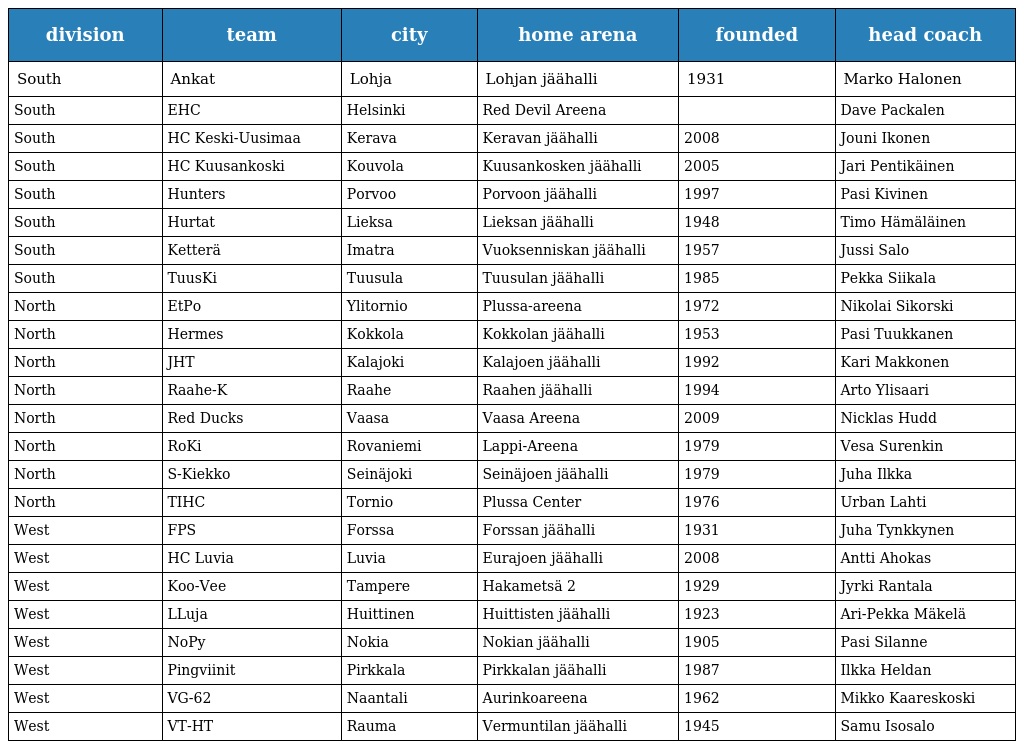
| division | team | city | home arena | founded | head coach |
 | --- | --- | --- | --- | --- | --- |
 | South | Ankat | Lohja | Lohjan jäähalli | 1931 | Marko Halonen |
 | South | EHC | Helsinki | Red Devil Areena |  | Dave Packalen |
 | South | HC Keski-Uusimaa | Kerava | Keravan jäähalli | 2008 | Jouni Ikonen |
 | South | HC Kuusankoski | Kouvola | Kuusankosken jäähalli | 2005 | Jari Pentikäinen |
 | South | Hunters | Porvoo | Porvoon jäähalli | 1997 | Pasi Kivinen |
 | South | Hurtat | Lieksa | Lieksan jäähalli | 1948 | Timo Hämäläinen |
 | South | Ketterä | Imatra | Vuoksenniskan jäähalli | 1957 | Jussi Salo |
 | South | TuusKi | Tuusula | Tuusulan jäähalli | 1985 | Pekka Siikala |
 | North | EtPo | Ylitornio | Plussa-areena | 1972 | Nikolai Sikorski |
 | North | Hermes | Kokkola | Kokkolan jäähalli | 1953 | Pasi Tuukkanen |
 | North | JHT | Kalajoki | Kalajoen jäähalli | 1992 | Kari Makkonen |
 | North | Raahe-K | Raahe | Raahen jäähalli | 1994 | Arto Ylisaari |
 | North | Red Ducks | Vaasa | Vaasa Areena | 2009 | Nicklas Hudd |
 | North | RoKi | Rovaniemi | Lappi-Areena | 1979 | Vesa Surenkin |
 | North | S-Kiekko | Seinäjoki | Seinäjoen jäähalli | 1979 | Juha Ilkka |
 | North | TIHC | Tornio | Plussa Center | 1976 | Urban Lahti |
 | West | FPS | Forssa | Forssan jäähalli | 1931 | Juha Tynkkynen |
 | West | HC Luvia | Luvia | Eurajoen jäähalli | 2008 | Antti Ahokas |
 | West | Koo-Vee | Tampere | Hakametsä 2 | 1929 | Jyrki Rantala |
 | West | LLuja | Huittinen | Huittisten jäähalli | 1923 | Ari-Pekka Mäkelä |
 | West | NoPy | Nokia | Nokian jäähalli | 1905 | Pasi Silanne |
 | West | Pingviinit | Pirkkala | Pirkkalan jäähalli | 1987 | Ilkka Heldan |
 | West | VG-62 | Naantali | Aurinkoareena | 1962 | Mikko Kaareskoski |
 | West | VT-HT | Rauma | Vermuntilan jäähalli | 1945 | Samu Isosalo |